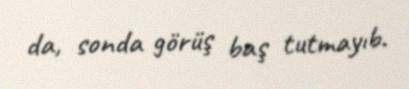
da, sonda görüş baş tutmayıb.